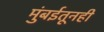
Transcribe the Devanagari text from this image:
मुंबईतूनही